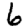
Digit: 6